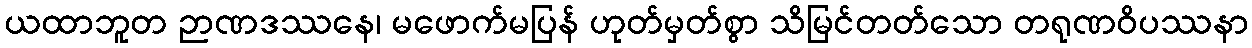
ယထာဘူတ ဉာဏဒဿနေ၊ မဖောက်မပြန် ဟုတ်မှတ်စွာ သိမြင်တတ်သော တရုဏဝိပဿနာ